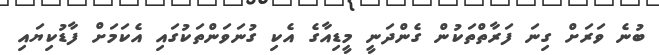
ބުނެ ވަރަށް ގިނަ ފަރާތްތަކުން ގެންދަނީ މީޑިއާގެ އެކި ގުނަވަންތަކުގައި އެކަމަށް ފާޑުކިޔައި